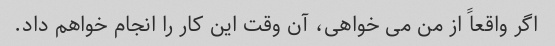
اگر واقعاً از من می خواهی، آن وقت این کار را انجام خواهم داد.